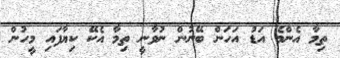
ތިމާ އެންމެ އަޑު އަހަން ބޭނުން ނުވާނީ ތިމާ އެކޭ ކިޔާފައި މީހުން